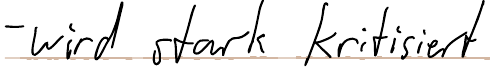
- wird stark kritisiert